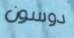
دوسون